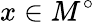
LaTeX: x\in M^{\circ}